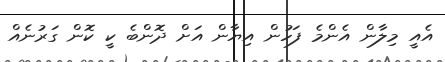
އެއީ މިލާން އެންމެ ފަހުން އިޔާން އަށް ދޮންބެ ކީ ކޮން ގަރުނެއް